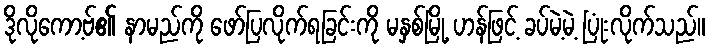
ဒိုလိုကော့ဗ်၏ နာမည်ကို ဖော်ပြလိုက်ရခြင်းကို မနှစ်မြို့ ဟန်ဖြင့် ခပ်မဲ့မဲ့ ပြုံးလိုက်သည်။